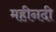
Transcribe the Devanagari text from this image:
महीनदी